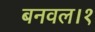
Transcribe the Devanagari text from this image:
बनवल।१